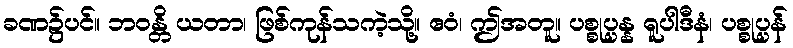
ခဏ၌ပင်။ ဘဝန္တိ ယတာ၊ ဖြစ်ကုန်သကဲ့သို့။ ဧဝံ၊ ဤအတူ။ ပစ္စုပ္ပန္န ရူပါဒီနံ၊ ပစ္စုပ္ပန်